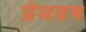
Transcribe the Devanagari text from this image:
प्रेमवष